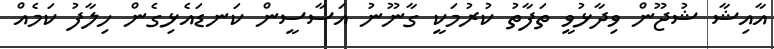
އާއިޝާ ޝުޖޫން ވިދާޅުވީ ތަފާތު ކުރުމަކީ ގާނޫނު އަސާސީން ކަނޑައެޅިގެން ހިލާފު ކަމެއް